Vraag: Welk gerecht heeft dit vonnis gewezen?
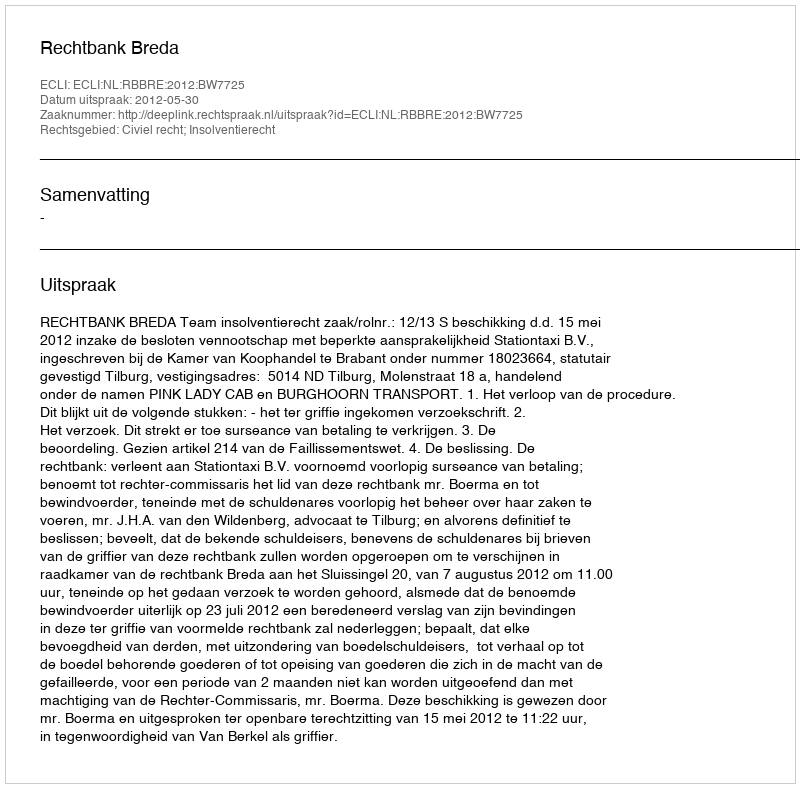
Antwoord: Rechtbank Breda